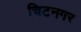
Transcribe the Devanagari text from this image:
चिटनगर